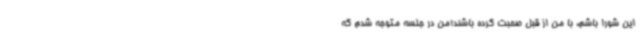
این شورا باشم، با من از قبل صحبت کرده باشند!من در جلسه متوجه شدم که